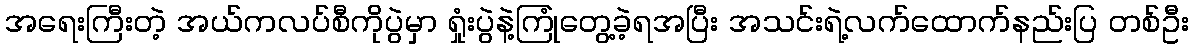
အရေးကြီးတဲ့ အယ်ကလပ်စီကိုပွဲမှာ ရှုံးပွဲနဲ့ကြုံတွေ့ခဲ့ရအပြီး အသင်းရဲ့လက်ထောက်နည်းပြ တစ်ဦး